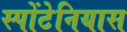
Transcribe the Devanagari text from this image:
स्पोंटेनियास